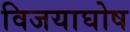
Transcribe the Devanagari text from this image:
विजयाघोष